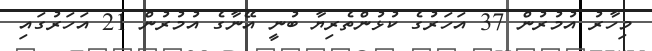
މިހާރު އުމުރުން 37 އަހަރުގެ ކުޅުންތެރިޔާ ބުނީ އޭނާގެ އުމުރުން 21 އަހަރުގައި